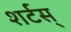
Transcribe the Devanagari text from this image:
शर्टस्